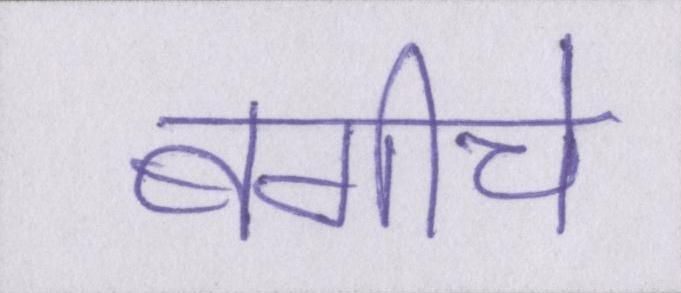
बगीचे